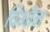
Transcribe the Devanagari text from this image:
विभीन